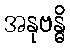
အနုဗန္ဓိ